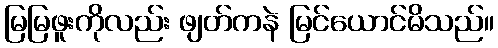
မြမြဖူးကိုလည်း ဖျတ်ကနဲ မြင်ယောင်မိသည်။